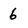
Character: 6